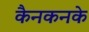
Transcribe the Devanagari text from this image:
कैनकनके